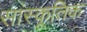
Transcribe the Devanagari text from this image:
सांस्कूतिक